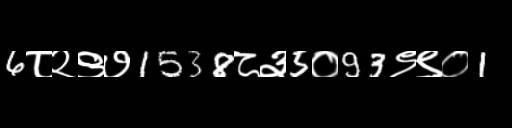
Text: 6८२९७1538८३5०93९९०1